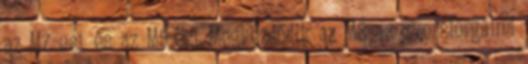
az M7-est és az M5-öst Megkezdődik az M8-as gyorsforgalmi